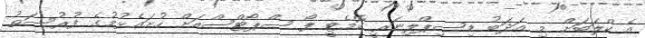
އެ ކްލަބަށް މި އަދަބު ޑިސިޕްލިނަރީ ކޮމެޓީ ފޯ ސްޕޯޓްސްއަށް ހުށައެޅުމުގެ ފުރުސަތު